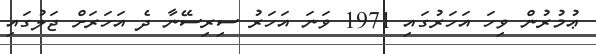
ޢުމުރުން ވިހަ އަހަރުގައި 1971 ވަނަ އަހަރު ސިރިސޭނާ ދެ އަހަރަށް ޖަލުގައި